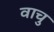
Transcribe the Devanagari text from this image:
वाचु